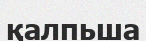
қалпьша